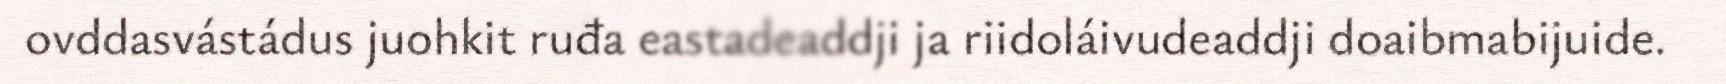
ovddasvástádus juohkit ruđa eastadeaddji ja riidoláivudeaddji doaibmabijuide.